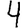
Digit: 4